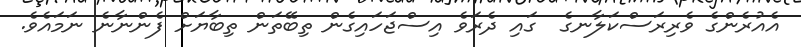
އެއުރެންގެ ވެރިރަސްކަލާނގެ  ގައި ދެރަވެ އިސްޖަހައިގެން ތިބޭތަން ތިބާޔަށް ފެންނާނެ ނަމައެވެ.